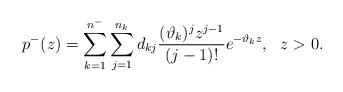
LaTeX: \begin{align*}p^-(z)=\sum_{k=1}^{n^-}\sum_{j=1}^{n_k}d_{kj}\frac{(\vartheta_k)^jz^{j-1}}{(j-1)!}e^{-\vartheta_k z}, \ \ z > 0.\end{align*}